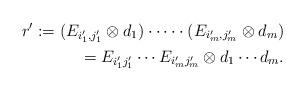
LaTeX: \begin{align*}r^{\prime}:=(E_{i_1^{\prime},j_1^{\prime}}\otimes d_1)\cdot\dots\cdot (E_{i_m^{\prime},j_m^{\prime}}\otimes d_m)\\=E_{i_1^{\prime}j_1^{\prime}}\cdots E_{i_m^{\prime}j_m^{\prime}}\otimes d_1\cdots d_m.\end{align*}